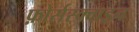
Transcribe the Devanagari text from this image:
फ़ोर्सस्क्वाड्रन